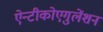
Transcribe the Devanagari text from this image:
ऐन्टीकोएगुलेंशन